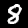
Label: 8